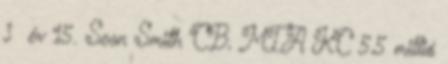
$ év 15. Sean Smith CB, MIA KC 5,5 millió